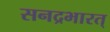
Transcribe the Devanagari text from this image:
सनद्रभारत्